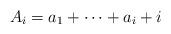
LaTeX: \begin{align*}A_i=a_1+\dots+a_{i}+i\end{align*}